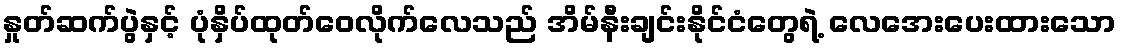
နှုတ်ဆက်ပွဲနှင့် ပုံနှိပ်ထုတ်ဝေလိုက်လေသည် အိမ်နီးချင်းနိုင်ငံတွေရဲ့ လေအေးပေးထားသော